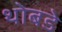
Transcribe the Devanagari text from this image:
थोबडे